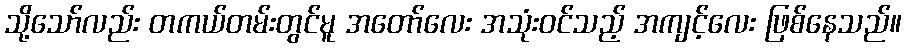
သို့သော်လည်း တကယ်တမ်းတွင်မူ အတော်လေး အသုံးဝင်သည့် အကျင့်လေး ဖြစ်နေသည်။